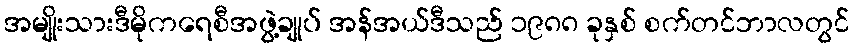
အမျိုးသားဒီမိုကရေစီအဖွဲ့ချုပ် အန်အယ်ဒီသည် ၁၉၈၈ ခုနှစ် စက်တင်ဘာလတွင်